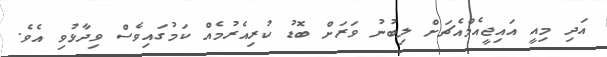
އަދި މިއީ އައިޖީއެމްއެޗަށް ލިބުނު ވަރަށް ބޮޑު ކުރިއެރުމެއް ކަމުގައިވެސް ވިދާޅުވި އެވެ.